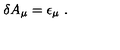
\delta A _ { \mu } = \epsilon _ { \mu } \ .